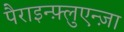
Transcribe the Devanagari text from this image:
पैराइन्फ़्लुएन्ज़ा